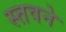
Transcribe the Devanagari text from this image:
स्तवने